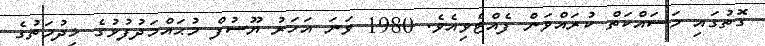
ގޮތުގައި މަސައްކަތް ކުރައްވަން ފެއްޓެވިއެވެ. 1980 ވަނަ އަހަރު ޔޫސުފް މުޙައްމަދުފުޅުގެ ޚިދުމަތުގެ